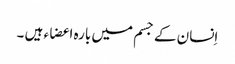
اِنسان کے جسم میں بارہ اعضاء ہیں ۔